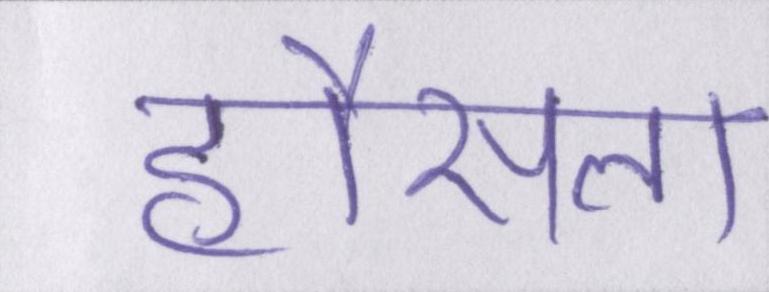
हौंसला